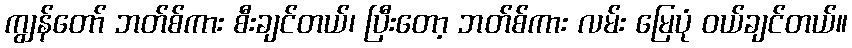
ကျွန်တော် ဘတ်စ်ကား စီးချင်တယ်၊ ပြီးတော့ ဘတ်စ်ကား လမ်း မြေပုံ ဝယ်ချင်တယ်။